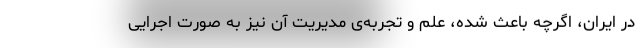
در ایران، اگرچه باعث شده، علم و تجربه‌ی مدیریت آن نیز به صورت اجرایی